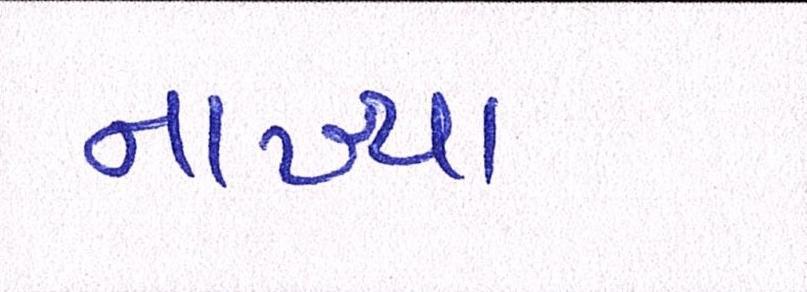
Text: નાખ્યા